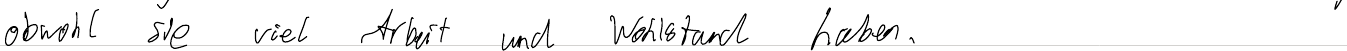
obwohl sie viel Arbeit und Wohlstand haben.